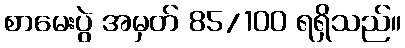
စာမေးပွဲ အမှတ် 85/100 ရရှိသည်။